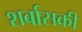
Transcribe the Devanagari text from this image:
शर्बासकी